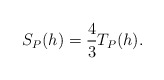
\begin{align*} S_P(h)=\frac{4}{3}T_P(h). \end{align*}